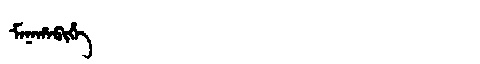
Manchu: ᠮᠠᠨᠠᡥᠠᠪᡳᡥᡝ
Romanization: MANAHABIHE